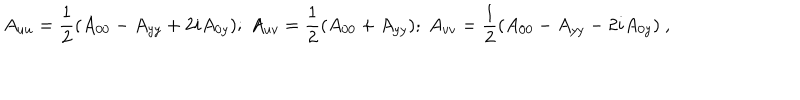
A _ { u u } = { \frac { 1 } { 2 } } ( A _ { 0 0 } - A _ { y y } + 2 i A _ { 0 y } ) ; ~ A _ { u v } = { \frac { 1 } { 2 } } ( A _ { 0 0 } + A _ { y y } ) ; ~ A _ { v v } = { \frac { 1 } { 2 } } ( A _ { 0 0 } - A _ { y y } - 2 i A _ { 0 y } ) ~ ,